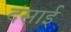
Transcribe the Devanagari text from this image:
दंसाई